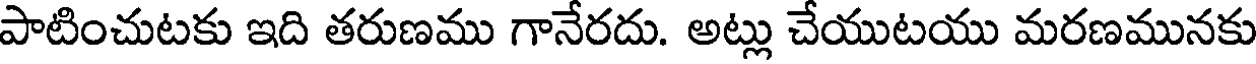
పాటించుటకు ఇది తరుణము గానేరదు. అట్లు చేయుటయు మరణమునకు